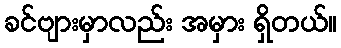
ခင်ဗျားမှာလည်း အမှား ရှိတယ်။